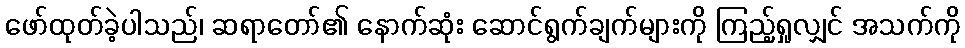
ဖော်ထုတ်ခဲ့ပါသည်၊ ဆရာတော်၏ နောက်ဆုံး ဆောင်ရွက်ချက်များကို ကြည့်ရှုလျှင် အသက်ကို